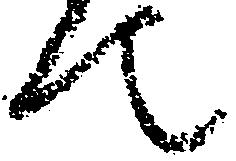
て